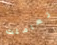
تعاملت